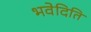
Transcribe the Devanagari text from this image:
भवेदिति